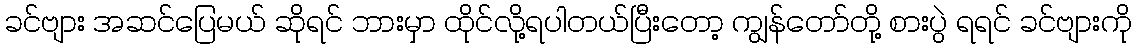
ခင်ဗျား အဆင်ပြေမယ် ဆိုရင် ဘားမှာ ထိုင်လို့ရပါတယ်ပြီးတော့ ကျွန်တော်တို့ စားပွဲ ရရင် ခင်ဗျားကို